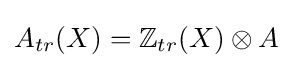
A_{tr}(X)=\mathbb {Z} _{tr}(X)\otimes A